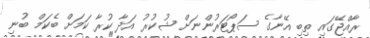
ރާއްޖޭގައި ތިބި އޭނާގެ ސަޕޯޓަރުންނަށް ޝުކުރު އަދާ ކުރާ ކަމަށް ބެކަމް ބުނި